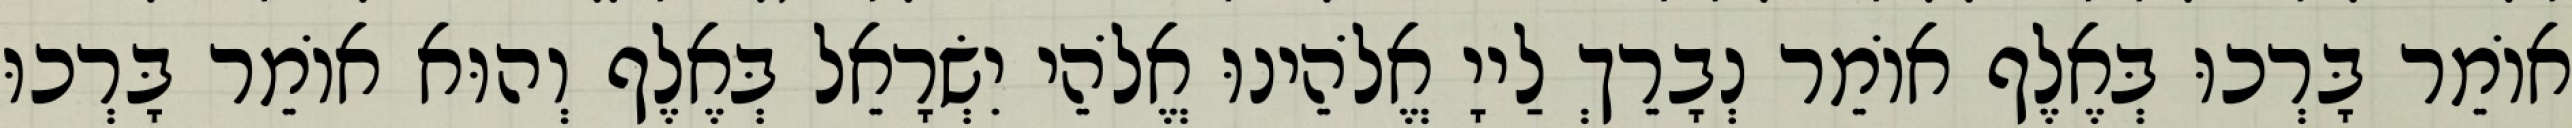
אוֹמֵר בָּרְכוּ בְּאֶלֶף אוֹמֵר נְבָרֵךְ לַייָ אֱלֹהֵינוּ אֱלֹהֵי יִשְׂרָאֵל בְּאֶלֶף וְהוּא אוֹמֵר בָּרְכוּ